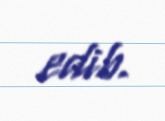
edib.